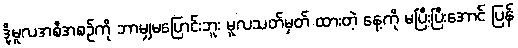
ဒို့မူလအစီအစဉ်ကို ဘာမျှမပြောင်းဘူး မူလသတ်မှတ် ထားတဲ့ နေ့ကို မပြီးပြီးအောင် ပြန်